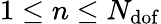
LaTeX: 1\leq n\leq N_{\mathrm{dof}}